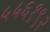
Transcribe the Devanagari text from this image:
५५६१९२